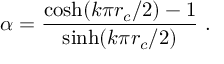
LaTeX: \alpha = \frac { \cosh ( k \pi r _ { c } / 2 ) - 1 } { \sinh ( k \pi r _ { c } / 2 ) } \ .